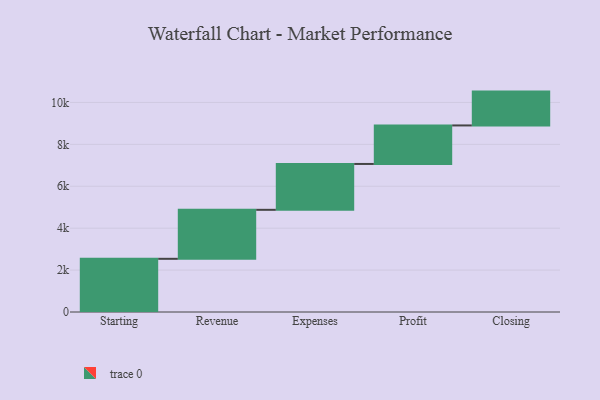
{"axis": {"x": "Step", "y": "Value"}, "legend": [""], "data": [{"x": "Starting", "y": 2538.0, "type": ""}, {"x": "Revenue", "y": 2338.0, "type": ""}, {"x": "Expenses", "y": 2188.0, "type": ""}, {"x": "Profit", "y": 1838.0, "type": ""}, {"x": "Closing", "y": 1615.0, "type": ""}]}